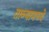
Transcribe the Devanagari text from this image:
ताब्यामध्ये